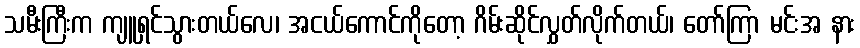
သမီးကြီးက ကျူရှင်သွားတယ်လေ၊ အငယ်ကောင်ကိုတော့ ဂိမ်းဆိုင်လွှတ်လိုက်တယ်၊ တော်ကြာ မင်းအ နား